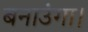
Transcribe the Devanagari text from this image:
बनाउंगा।